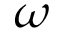
\omega